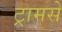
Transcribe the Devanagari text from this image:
ट्रामसे